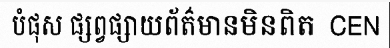
បំផុស ផ្សព្វផ្សាយព័ត៌មានមិនពិត  CEN